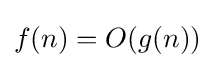
f(n)=O(g(n))